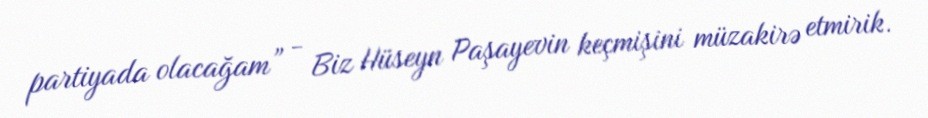
partiyada olacağam” - Biz Hüseyn Paşayevin keçmişini müzakirə etmirik.